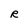
Character: R